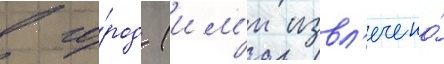
в го́род (им'и извл'ечено́